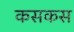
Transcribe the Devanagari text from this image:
कसकस